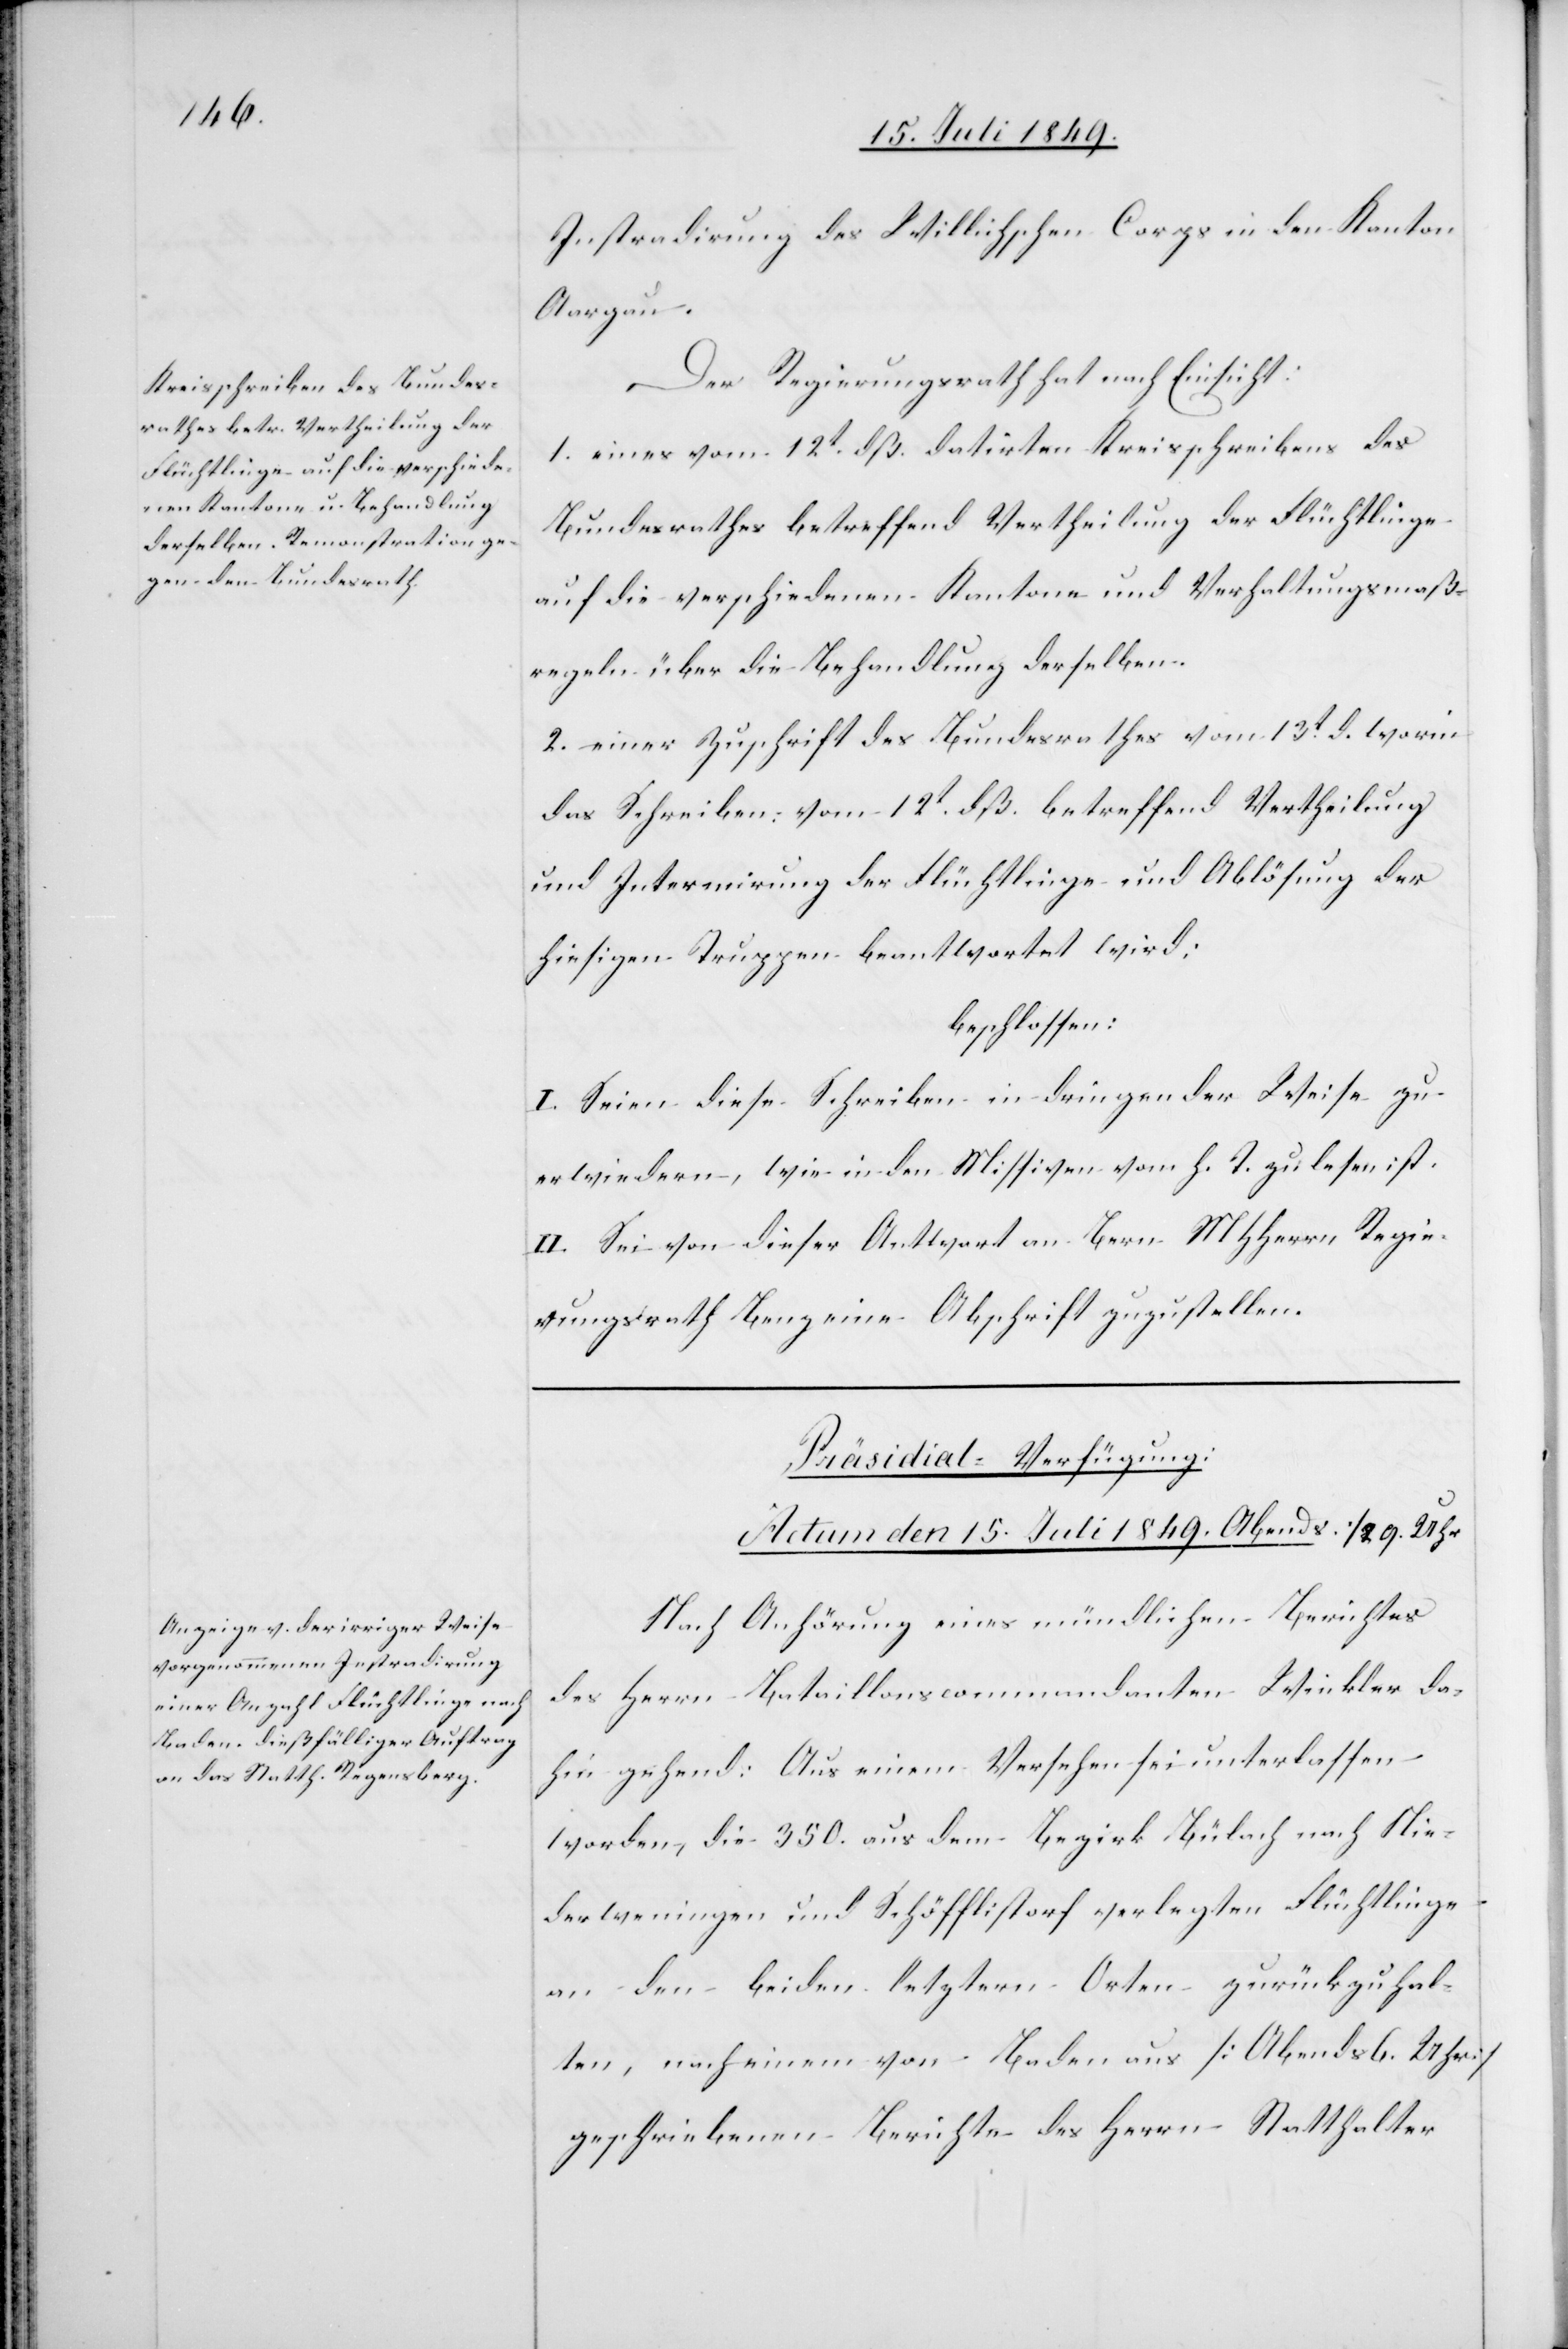
Instradirung des Willichschen Corps in den Kanton
Aargau.
Der Regierungsrath hat nach Einsicht:
1. eines vom 12t dß. datirten Kreisschreibens des
Bundesrathes betreffend Vertheilung der Flüchtlinge
auf die verschiedenen Kantone und Verhaltungsmaß¬
regeln über die Behandlung derselben.
2. einer Zuschrift des Bundesrathes vom 13t d. worin
das Schreiben vom 12t dß. betreffend Vertheilung
und Internirung der Flüchtlinge und Ablösung der
hiesigen Truppen beantwortet wird:
beschlossen:
I. Seien diese Schreiben in dringender Weise zu
erwiedern, wie in den Missiven vom h. T. zu lesen ist.
II. Sei von dieser Antwort an Bern MHHerrn Regie¬
rungsrath Benz eine Abschrift zuzustellen.
Präsidial-Verfügung:
Actum den 15. Juli 1849. Abends / 9. Uhr
Nach Anhörung eines mündlichen Berichtes
des Herrn Bataillonscommandanten Winkler da¬
hin gehend: Aus einem Versehen sei unterlassen
worden, die 350. aus dem Bezirk Bülach nach Nie¬
derweningen und Schöfflistorf verlegten Flüchtlinge
an den beiden letztern Orten zurückzuhal¬
ten, nach einem von Baden aus [Abends 6. Uhr]
geschriebenen Berichte des Herrn Statthalter